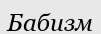
Бабизм